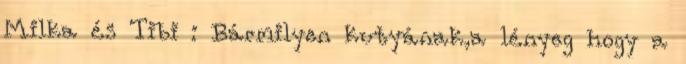
Milka és Tibi : Bármilyen kutyának,a lényeg hogy a